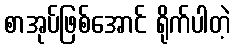
စာအုပ်ဖြစ်အောင် ရိုက်ပါတဲ့